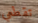
تقطعي